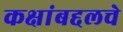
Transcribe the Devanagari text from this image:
कक्षांबद्दलचे